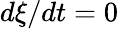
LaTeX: d\xi/dt=0